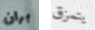
بران يتمزق